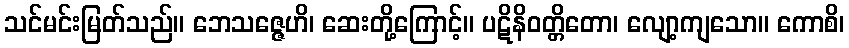
သင်မင်းမြတ်သည်။ ဘေသဇ္ဇေဟိ၊ ဆေးတို့ကြောင့်။ ပဋိနိဝတ္တိတော၊ လျော့ကျသော။ ကောစိ၊